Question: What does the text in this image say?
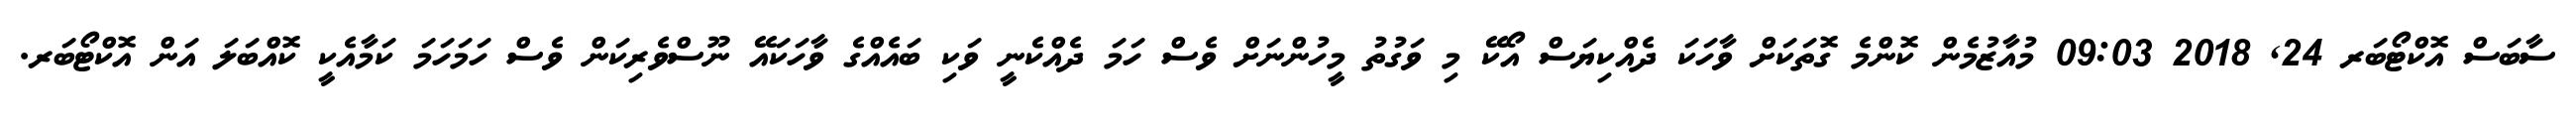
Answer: ސާބަސް އޮކްޓޯބަރ 24, 2018 09:03 މުއާޒުމެން ކޮންމެ ގޮތަކަށް ވާހަކަ ދެއްކިޔަސް އޯކޭ މި ވަގުތު މީހުންނަށް ވެސް ހަމަ ދެއްކެނީ ވަކި ބައެއްގެ ވާހަކައޭ ނޫސްވެރިކަން ވެސް ހަމަހަމަ ކަމާއެކީ ކޮއްބަލަ އަން އޮކްޓޯބަރ.